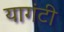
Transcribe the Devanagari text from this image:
यागंटी